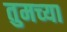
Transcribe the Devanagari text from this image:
तुमच्‍या